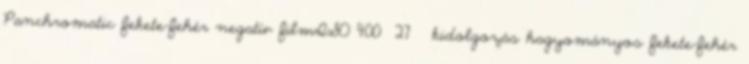
Panchromatic fekete-fehér negatív filmISO 400 27 ° kidolgozás hagyományos fekete-fehér